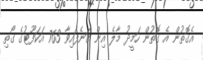
އެގޮތުން އެ ގޮތުން ހަމީދު މާލެ އިން ގަނެފައިވާ 763 އަކަފޫޓުގެ ގޯތި